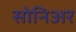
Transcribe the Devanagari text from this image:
सोनिअर